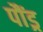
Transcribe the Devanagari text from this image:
पौंड्र